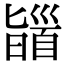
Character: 䭬